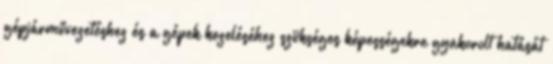
gépjárművezetéshez és a gépek kezeléséhez szükséges képességekre gyakorolt hatását